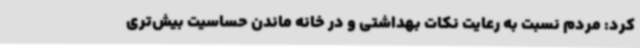
کرد: مردم نسبت به رعایت نکات بهداشتی و در خانه ماندن حساسیت بیش‌تری